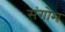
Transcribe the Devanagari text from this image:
संगोम